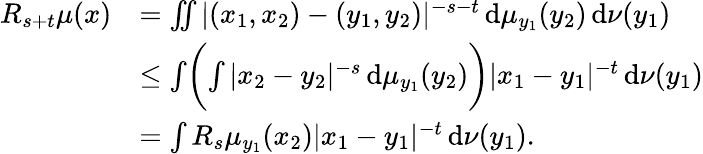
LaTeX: \begin{array}{rl}{R_{s+t}\mu(x)}&{=\iint|(x_{1},x_{2})-(y_{1},y_{2})|^{-s-t}\, \mathrm{d}\mu_{y_{1}}(y_{2})\, \mathrm{d}\nu(y_{1})}\\ &{\leq\int\biggl(\int|x_{2}-y_{2}|^{-s}\, \mathrm{d}\mu_{y_{1}}(y_{2})\biggr)|x_{1}-y_{1}|^{-t}\, \mathrm{d}\nu(y_{1})}\\ &{=\int R_{s}\mu_{y_{1}}(x_{2})|x_{1}-y_{1}|^{-t}\, \mathrm{d}\nu(y_{1}).}\end{array}